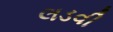
લડવી